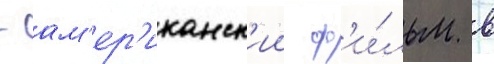
- ам'ер'иканск'ии ф'и́льм в